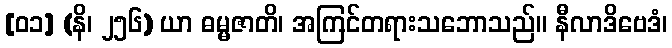
[၀၁] (နိ၊ ၂၅၆) ယာ ဓမ္မဇာတိ၊ အကြင်တရားသဘောသည်။ နီလာဒိဗေဒံ၊